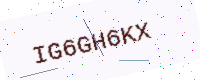
Text: IG6GH6KX